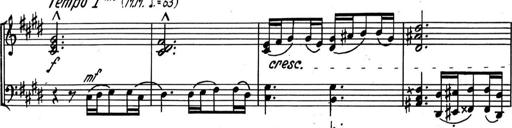
Title: Kleine Sonate
Composer: Raoul Koczalski
Key: C major